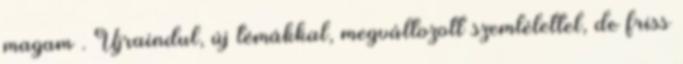
magam . Újraindul, új témákkal, megváltozott szemlélettel, de friss